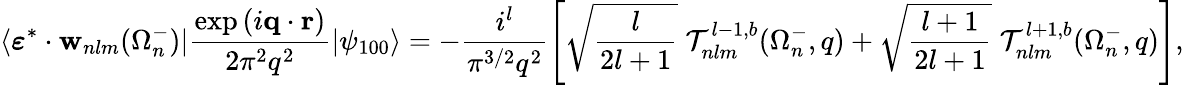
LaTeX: \langle\boldsymbol{\varepsilon}^{*}\cdot{\mathbf{w}}_{nlm}(\Omega_{n}^{-})|\frac{\exp{(i\mathbf{q}\cdot\mathbf{r})}}{2\pi^{2}q^{2}}|\psi_{100}\rangle=-\frac{i^{l}}{{\pi}^{3/2}q^{2}}\left[\sqrt{\frac{l}{2l+1}}\; {\cal T}_{nlm}^{l-1,b}(\Omega_{n}^{-},q)+\sqrt{\frac{l+1}{2l+1}}\; {\cal T}_{nlm}^{l+1,b}(\Omega_{n}^{-},q)\right],